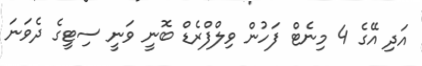
އަދި އޭގެ 4 މިނެޓް ފަހުން ވިލްފްރެޑް ބޮނީ ވަނީ ސިޓީގެ ދެވަނަ